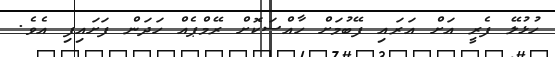
ހުޅުލޭ ފެރީ އަށް އަރައި ފޭބުމަށް ހާއްސަކޮށް ރޭމްޕެއް ހަދަން ފަށައިފި އެވެ.